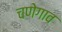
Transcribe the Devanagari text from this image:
चणेगाव